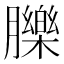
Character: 䑈